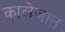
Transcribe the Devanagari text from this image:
कालेजात